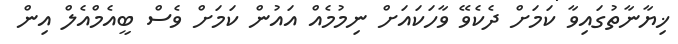
ޚިޔާނާތުގައިވާ ކަމަށް ދެކެވޭ ވާހަކައަށް ނިމުމެއް އައުން ކަމަށް ވެސް ބީއެމްއެލް އިން